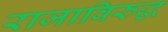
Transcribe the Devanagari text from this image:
राजाविरुद्ध